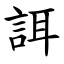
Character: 誀